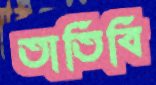
তাতিবি